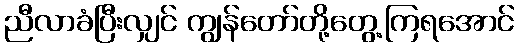
ညီလာခံပြီးလျှင် ကျွန်တော်တို့တွေ့ကြရအောင်